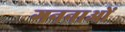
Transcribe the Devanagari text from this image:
गननाओं